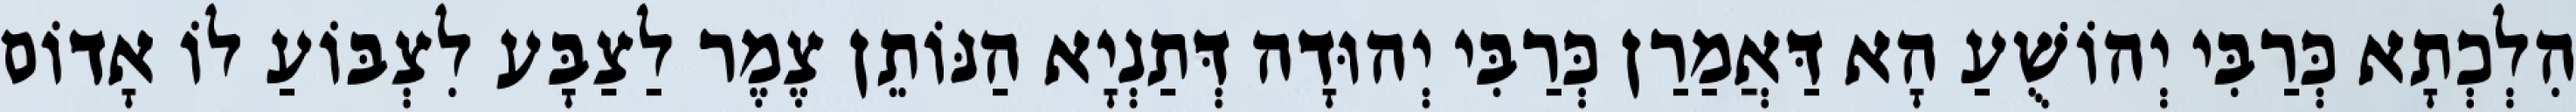
הִלְכְתָא כְּרַבִּי יְהוֹשֻׁעַ הָא דַּאֲמַרַן כְּרַבִּי יְהוּדָה דְּתַנְיָא הַנּוֹתֵן צֶמֶר לַצַבָּע לִצְבּוֹעַ לוֹ אָדוֹם